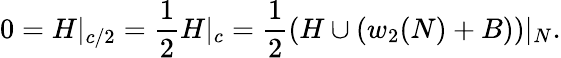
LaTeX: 0=H|_{c/2}=\frac{1}{2}H|_{c}=\frac{1}{2}(H\cup(w_{2}(N)+B))|_{N}.